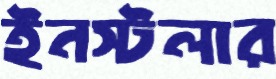
ইনস্টলার